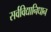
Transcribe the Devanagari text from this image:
सर्वविद्यानिधान